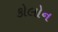
કોલોન